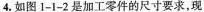
4.如图1-1-2是加工零件的尺寸要求，现